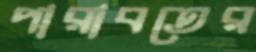
পারাবতের